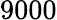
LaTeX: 9000